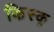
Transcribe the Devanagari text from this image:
किस्‍कू